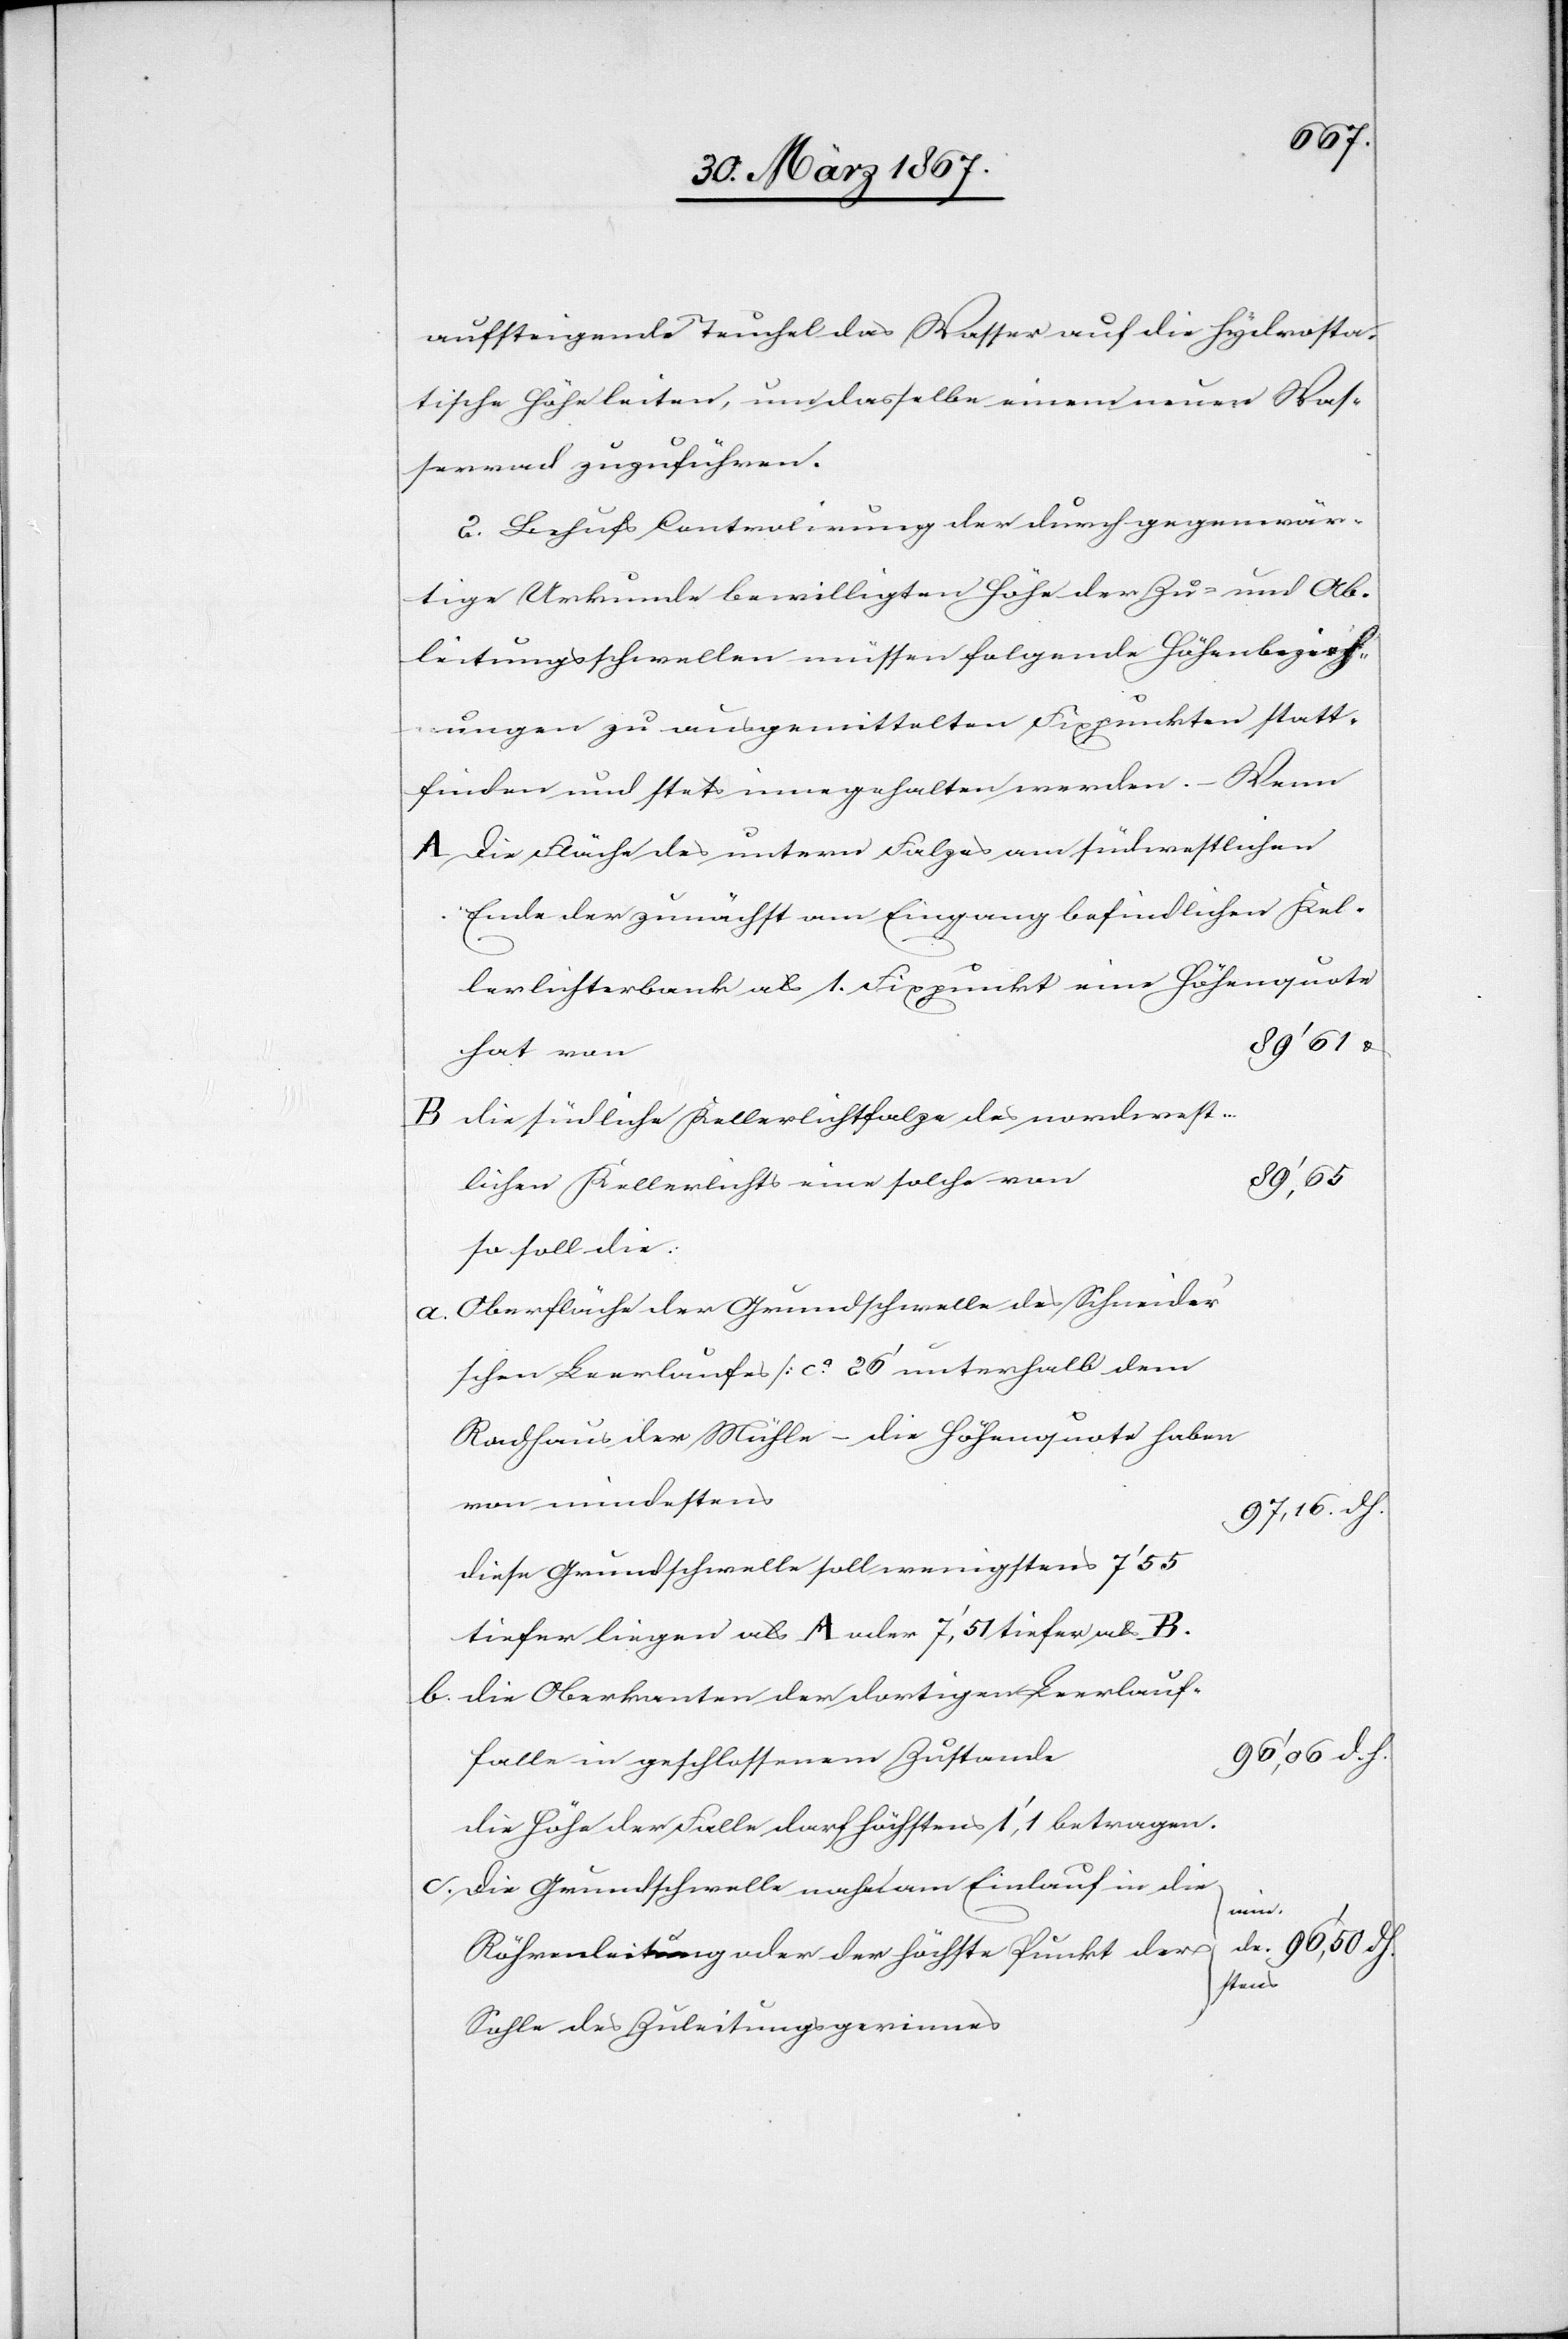
aufsteigende Teuchel das Wasser auf die hydrosta¬
tische Höhe leiten, um dasselbe einem neuen Was¬
serrad zuzuführen.
2.	Behufs Controlirung der durch gegenwär¬
tige Urkunde bewilligten Höhe der Zu- und Ab¬
leitungsschwellen müssen folgende Höhenbezieh¬
ungen zu ausgemittelten Fixpunkten statt¬
finden und stets innegehalten werden. – Wenn
A	Die Fläche des untern Falzes am südwestlichen
lerlichterbank als 1. Fixpunkt eine Höhenquote
hat von
B	die südliche Kellerlichtfalze des nordwest¬
[ca. 26’
lichen Kellerlichts eine solche
so soll die
a.	Oberfläche der Grundschwelle des Schneider’s¬
Radhaus der Mühle[]] – die Höhenquote haben
diese Grundschwelle soll wenigstens 7’55
b.	die Oberkanten der dortigen Leerlauf¬
s	96’,50 d. h.
falle in geschlossenem Zustand¬
c. 	die Grundschwelle nach dem Einlauf in die
minde¬
fer als B.
sten¬
Sohle des Zuleitungsgerinnes